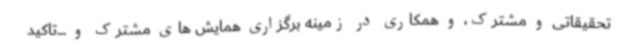
تحقیقاتی و مشترک، و همکاری در زمینه برگزاری همایش های مشترک و ...تاکید